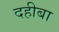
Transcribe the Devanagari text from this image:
दहीबा